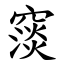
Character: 䆱